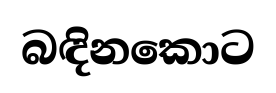
බඳිනකොට